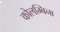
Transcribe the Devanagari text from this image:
कोलम्बिना